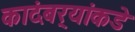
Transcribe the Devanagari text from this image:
कादंबर्‍यांकडे